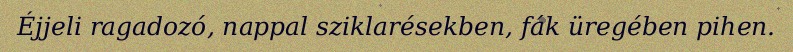
Éjjeli ragadozó, nappal sziklarésekben, fák üregében pihen.